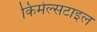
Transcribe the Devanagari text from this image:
किमेल्सटाइल